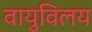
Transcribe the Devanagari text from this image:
वायुविलय